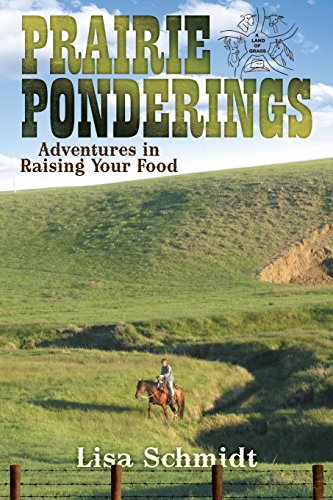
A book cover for Prairie Ponderings: Adventures in Raising Your Food; Lisa Schmidt; Cookbooks, Food & Wine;